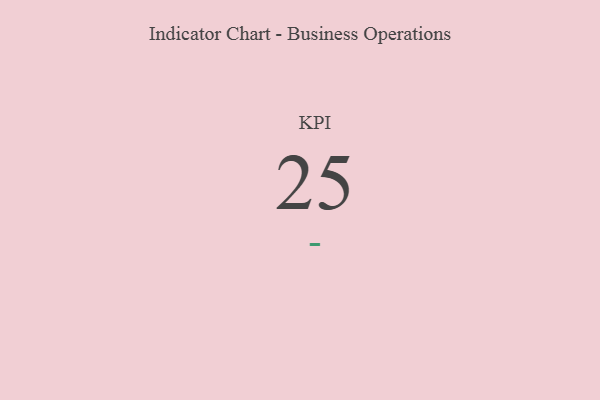
{"axis": {"x": "KPI", "y": "Value"}, "legend": [""], "data": [{"x": "KPI", "y": 25, "type": ""}]}